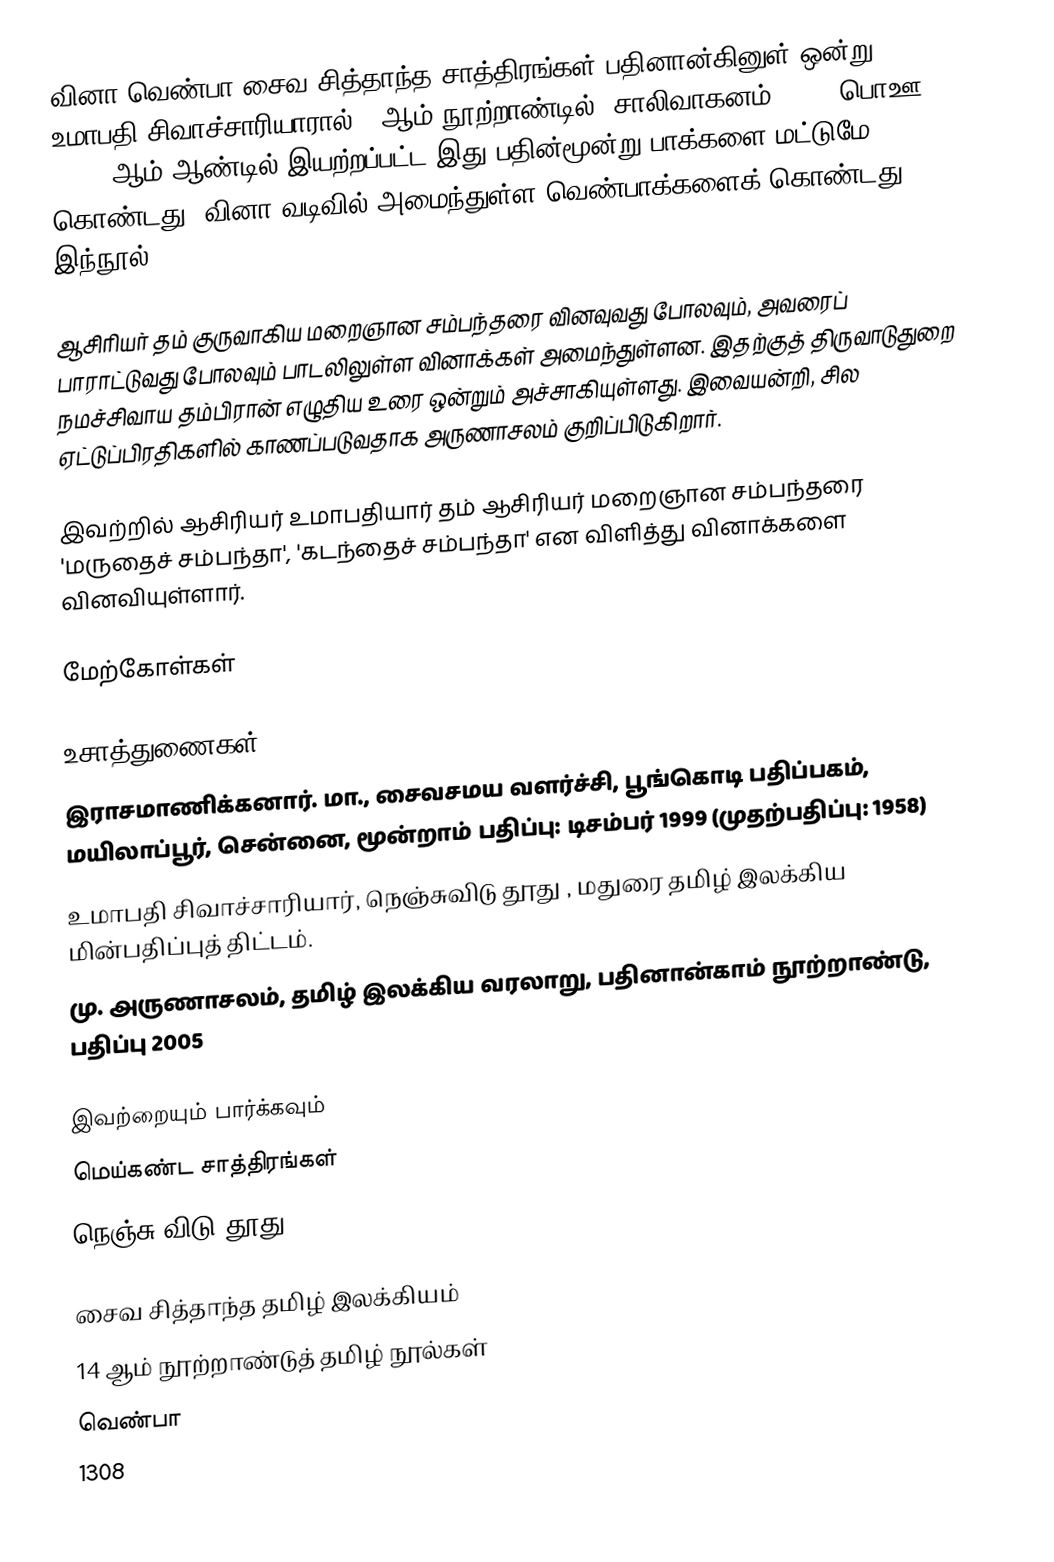
வினா வெண்பா சைவ சித்தாந்த சாத்திரங்கள் பதினான்கினுள் ஒன்று. உமாபதி சிவாச்சாரியாரால் 14ஆம் நூற்றாண்டில், சாலிவாகனம் 1230 (பொஊ 1308) ஆம் ஆண்டில் இயற்றப்பட்ட இது பதின்மூன்று பாக்களை மட்டுமே கொண்டது. வினா வடிவில் அமைந்துள்ள வெண்பாக்களைக் கொண்டது இந்நூல்.

ஆசிரியர் தம் குருவாகிய மறைஞான சம்பந்தரை வினவுவது போலவும், அவரைப் பாராட்டுவது போலவும் பாடலிலுள்ள வினாக்கள் அமைந்துள்ளன. இதற்குத் திருவாடுதுறை நமச்சிவாய தம்பிரான் எழுதிய உரை ஒன்றும் அச்சாகியுள்ளது. இவையன்றி, சில ஏட்டுப்பிரதிகளில் காணப்படுவதாக அருணாசலம் குறிப்பிடுகிறார்.

இவற்றில் ஆசிரியர் உமாபதியார் தம் ஆசிரியர் மறைஞான சம்பந்தரை 'மருதைச் சம்பந்தா', 'கடந்தைச் சம்பந்தா' என விளித்து வினாக்களை வினவியுள்ளார்.

மேற்கோள்கள்

உசாத்துணைகள்
 இராசமாணிக்கனார். மா., சைவசமய வளர்ச்சி, பூங்கொடி பதிப்பகம், மயிலாப்பூர், சென்னை, மூன்றாம் பதிப்பு: டிசம்பர் 1999 (முதற்பதிப்பு: 1958)
 உமாபதி சிவாச்சாரியார், நெஞ்சுவிடு தூது , மதுரை தமிழ் இலக்கிய மின்பதிப்புத் திட்டம்.
 மு. அருணாசலம், தமிழ் இலக்கிய வரலாறு, பதினான்காம் நூற்றாண்டு, பதிப்பு 2005

இவற்றையும் பார்க்கவும்
 மெய்கண்ட சாத்திரங்கள்
 நெஞ்சு விடு தூது

சைவ சித்தாந்த தமிழ் இலக்கியம்
14 ஆம் நூற்றாண்டுத் தமிழ் நூல்கள்
வெண்பா
1308